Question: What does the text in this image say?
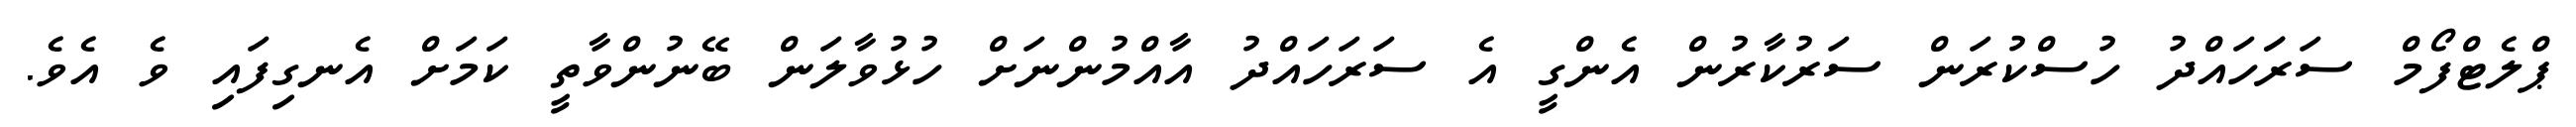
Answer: ޕްލެޓްފޯމް ސަރަަހައްދު ހުސްކުރަން ސަރުކާރުން އެންގީ އެ ސަރަހައްދު އާއްމުންނަށް ހުޅުވާލަން ބޭނުންވާތީ ކަމަށް އެނގިފައި ވެ އެވެ.